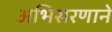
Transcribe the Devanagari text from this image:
अभिसरणाने